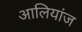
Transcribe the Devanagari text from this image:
आलियांज